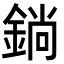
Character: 鋿